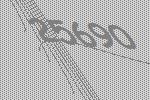
25690